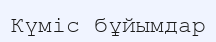
Күміс бұйымдар